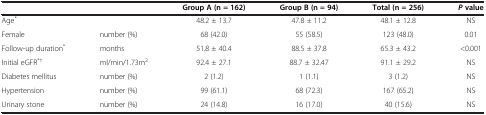
<table><thead><tr><td colspan="2"><b> </b></td><td><b>Group A (n = 162)</b></td><td><b>Group B (n = 94)</b></td><td><b>Total (n = 256)</b></td><td><b><i>P </i>value</b></td></tr></thead><tbody><tr><td>Age<sup>*</sup></td><td> </td><td>48.2 ± 13.7</td><td>47.8 ± 11.2</td><td>48.1 ± 12.8</td><td>NS</td></tr><tr><td>Female</td><td>number (%)</td><td>68 (42.0)</td><td>55 (58.5)</td><td>123 (48.0)</td><td>0.01</td></tr><tr><td>Follow-up duration<sup>*</sup></td><td>months</td><td>51.8 ± 40.4</td><td>88.5 ± 37.8</td><td>65.3 ± 43.2</td><td>&lt;0.001</td></tr><tr><td>Initial eGFR<sup>*†</sup></td><td>ml/min/1.73m<sup>2</sup></td><td>92.4 ± 27.1</td><td>88.7 ± 32.47</td><td>91.1 ± 29.2</td><td>NS</td></tr><tr><td>Diabetes mellitus</td><td>number (%)</td><td>2 (1.2)</td><td>1 (1.1)</td><td>3 (1.2)</td><td>NS</td></tr><tr><td>Hypertension</td><td>number (%)</td><td>99 (61.1)</td><td>68 (72.3)</td><td>167 (65.2)</td><td>NS</td></tr><tr><td>Urinary stone</td><td>number (%)</td><td>24 (14.8)</td><td>16 (17.0)</td><td>40 (15.6)</td><td>NS</td></tr></tbody></table>